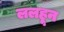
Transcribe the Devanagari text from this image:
ललहून